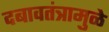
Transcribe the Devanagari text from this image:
दबावतंत्रामुळे